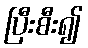
ပြီးစီး၍